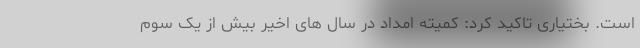
است. بختیاری تاکید کرد: کمیته امداد در سال های اخیر بیش از یک سوم